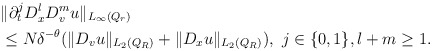
\begin{align*} \begin{aligned}&\|\partial_t^{j} D^l_x D_v^{m} u\|_{L_{\infty} (Q_{r}) } & \\&\le N \delta^{-\theta} (\|D_v u\|_{L_2 (Q_{R}) } + \|D_x u\|_{L_2 (Q_{R}) }), \, \, j \in \{0, 1\}, l + m \ge 1.\end{aligned}\end{align*}